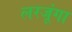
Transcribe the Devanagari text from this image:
लरजूंगा